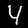
Digit: 4